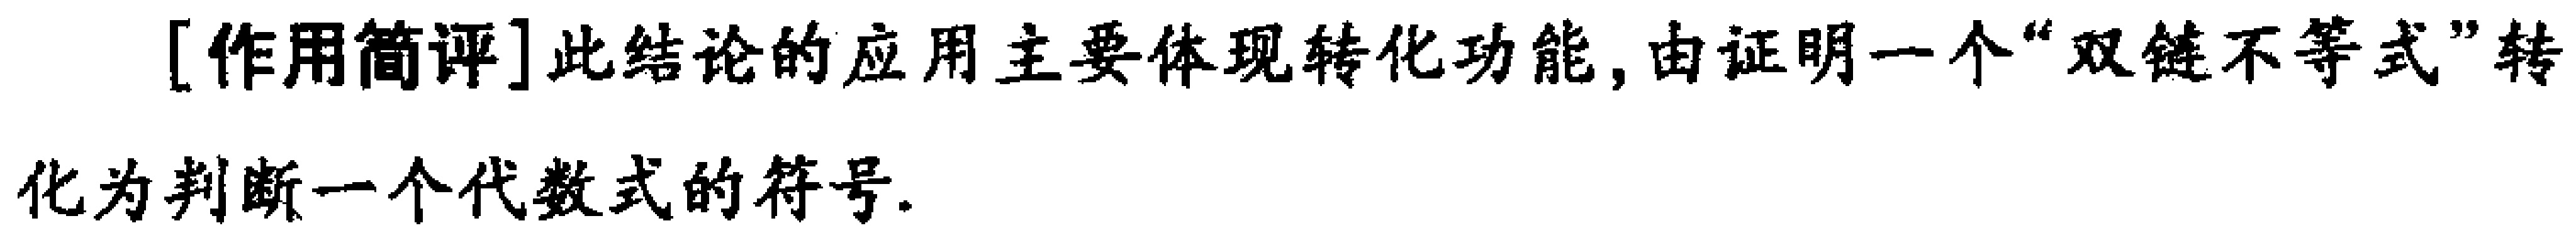
[作用简评]此结论的应用主要体现转化功能, 由证明一个“双链不等式”转化为判断一个代数式的符号.